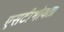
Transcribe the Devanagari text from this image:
एसटीभोवती